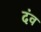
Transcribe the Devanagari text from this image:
दंव